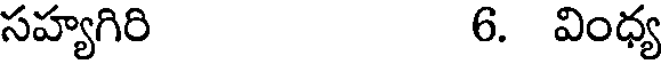
సహ్యగిరి 6. వింధ్య